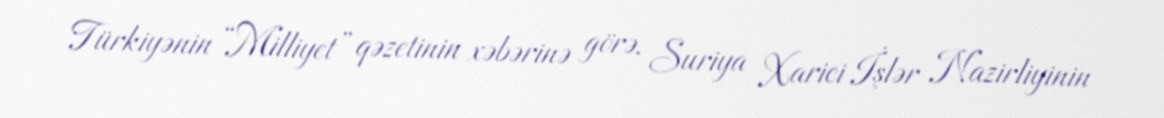
Türkiyənin “Milliyet” qəzetinin xəbərinə görə, Suriya Xarici İşlər Nazirliyinin